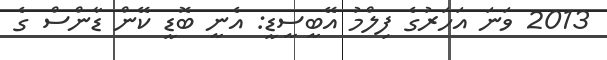
2013 ވަނަ އަހަރުގެ ފިލްމު އޭބީސީޑީ: އެނީ ބޮޑީ ކޭން ޑާންސް ގެ